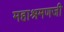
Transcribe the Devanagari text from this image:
महाश्रमणजी